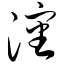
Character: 沈